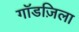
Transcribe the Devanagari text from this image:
गॉडज़िला